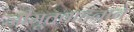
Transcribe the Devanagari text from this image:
जीमूतवाहनाने